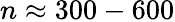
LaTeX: n\approx 300-600